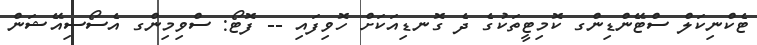
ޓެކްނިކަލް ސްޓޭންޑިންގ ކޮމިޓީތަކުގެ ދެ ގޮނޑިއަކަށް ހޮވިފައި -- ފޮޓޯ: ސްވިމިންގ އެސޯސިއޭޝަން